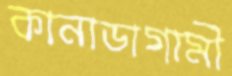
কানাডাগামী